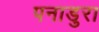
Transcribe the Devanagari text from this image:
पनाडुरा